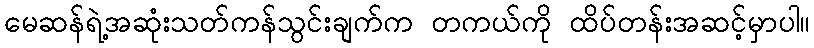
မေဆန်ရဲ့အဆုံးသတ်ကန်သွင်းချက်က တကယ်ကို ထိပ်တန်းအဆင့်မှာပါ။